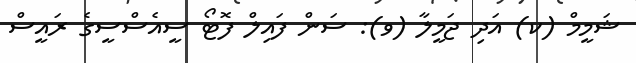
ޝަމީމް (ކ) އަދި ޖަމީލާ (ވ): ސަން ފައިލް ފޮޓޯ ސީއެސްސީގެ ރައީސް